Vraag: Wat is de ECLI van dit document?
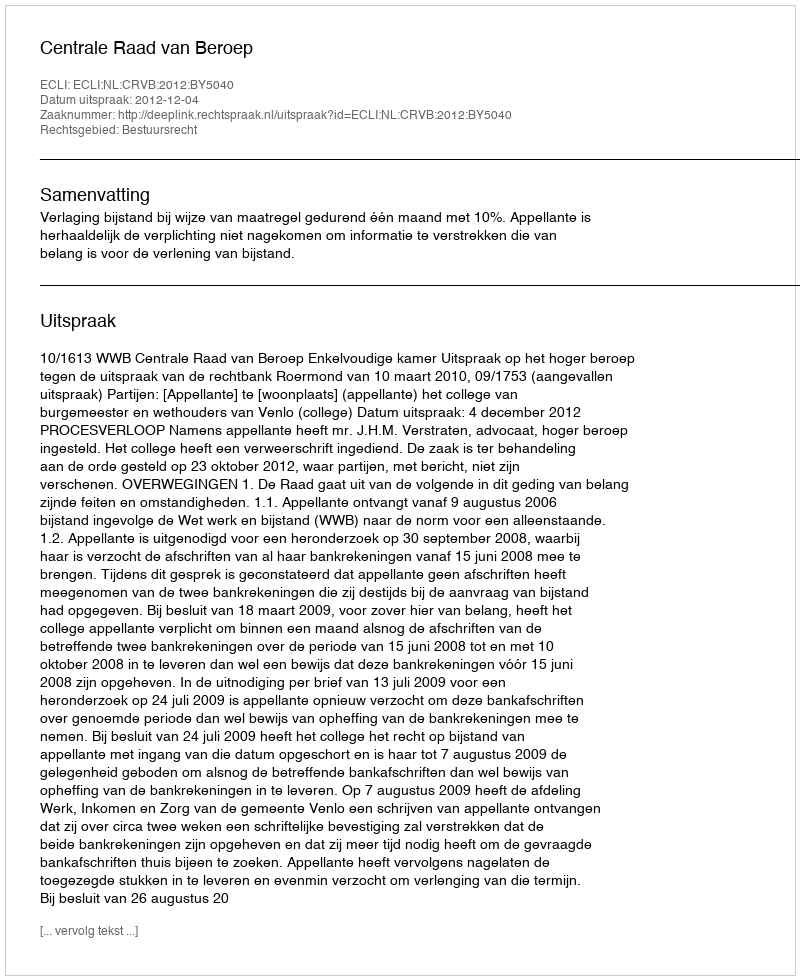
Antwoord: ECLI:NL:CRVB:2012:BY5040